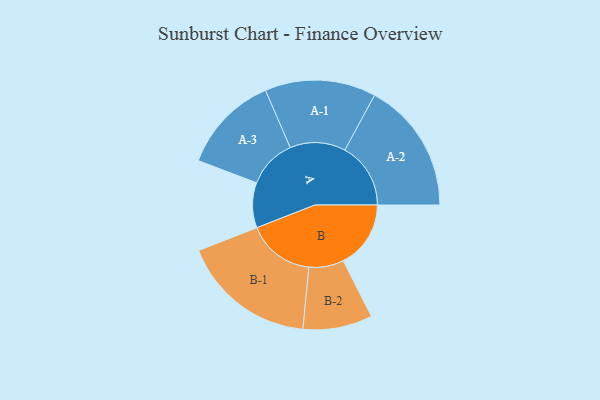
{"axis": {"x": "Segment", "y": "Value"}, "legend": ["", "A", "B"], "data": [{"x": "A", "y": 161, "type": ""}, {"x": "B", "y": 241, "type": ""}, {"x": "A-1", "y": 198, "type": "A"}, {"x": "A-2", "y": 235, "type": "A"}, {"x": "A-3", "y": 175, "type": "A"}, {"x": "B-1", "y": 241, "type": "B"}, {"x": "B-2", "y": 124, "type": "B"}]}